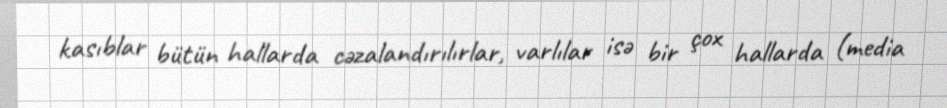
kasıblar bütün hallarda cəzalandırılırlar, varlılar isə bir çox hallarda (media